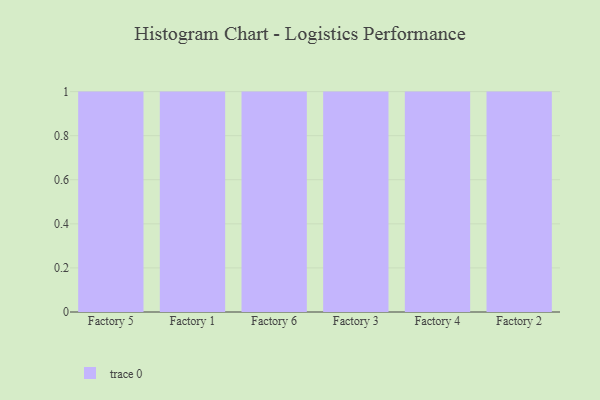
{"axis": {"x": "Factory", "y": "Demand Index"}, "legend": [""], "data": [{"x": "Factory 5", "y": 73, "type": ""}, {"x": "Factory 1", "y": 4, "type": ""}, {"x": "Factory 6", "y": 82, "type": ""}, {"x": "Factory 3", "y": 51, "type": ""}, {"x": "Factory 4", "y": 25, "type": ""}, {"x": "Factory 2", "y": 77, "type": ""}]}